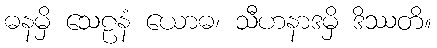
ဓနမှိ သေဠနံ ယောဓ၊ သီဟနာဒမှိ ဒိဿတိ။